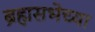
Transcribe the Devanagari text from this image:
ब्रह्मसभेच्या